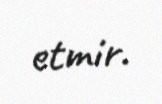
etmir.